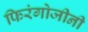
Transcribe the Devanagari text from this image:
फिरंगोजीनी